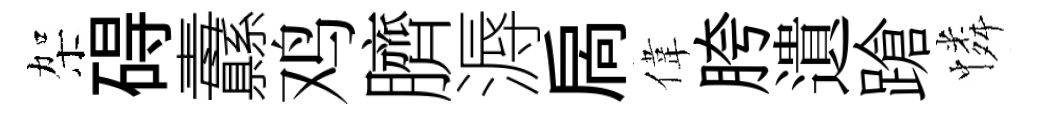
架碍纛鸡臍溽扄偉胯遺蹌憐